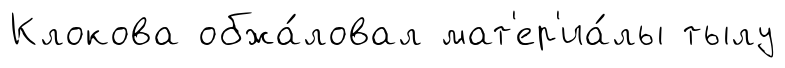
Клокова обжа́ловал мат'ер'иа́лы тылу